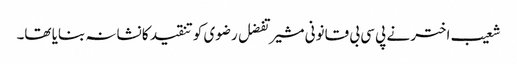
شعیب اختر نے پی سی بی قانونی مشیر تفضل رضوی کو تنقید کا نشانہ بنایا تھا۔